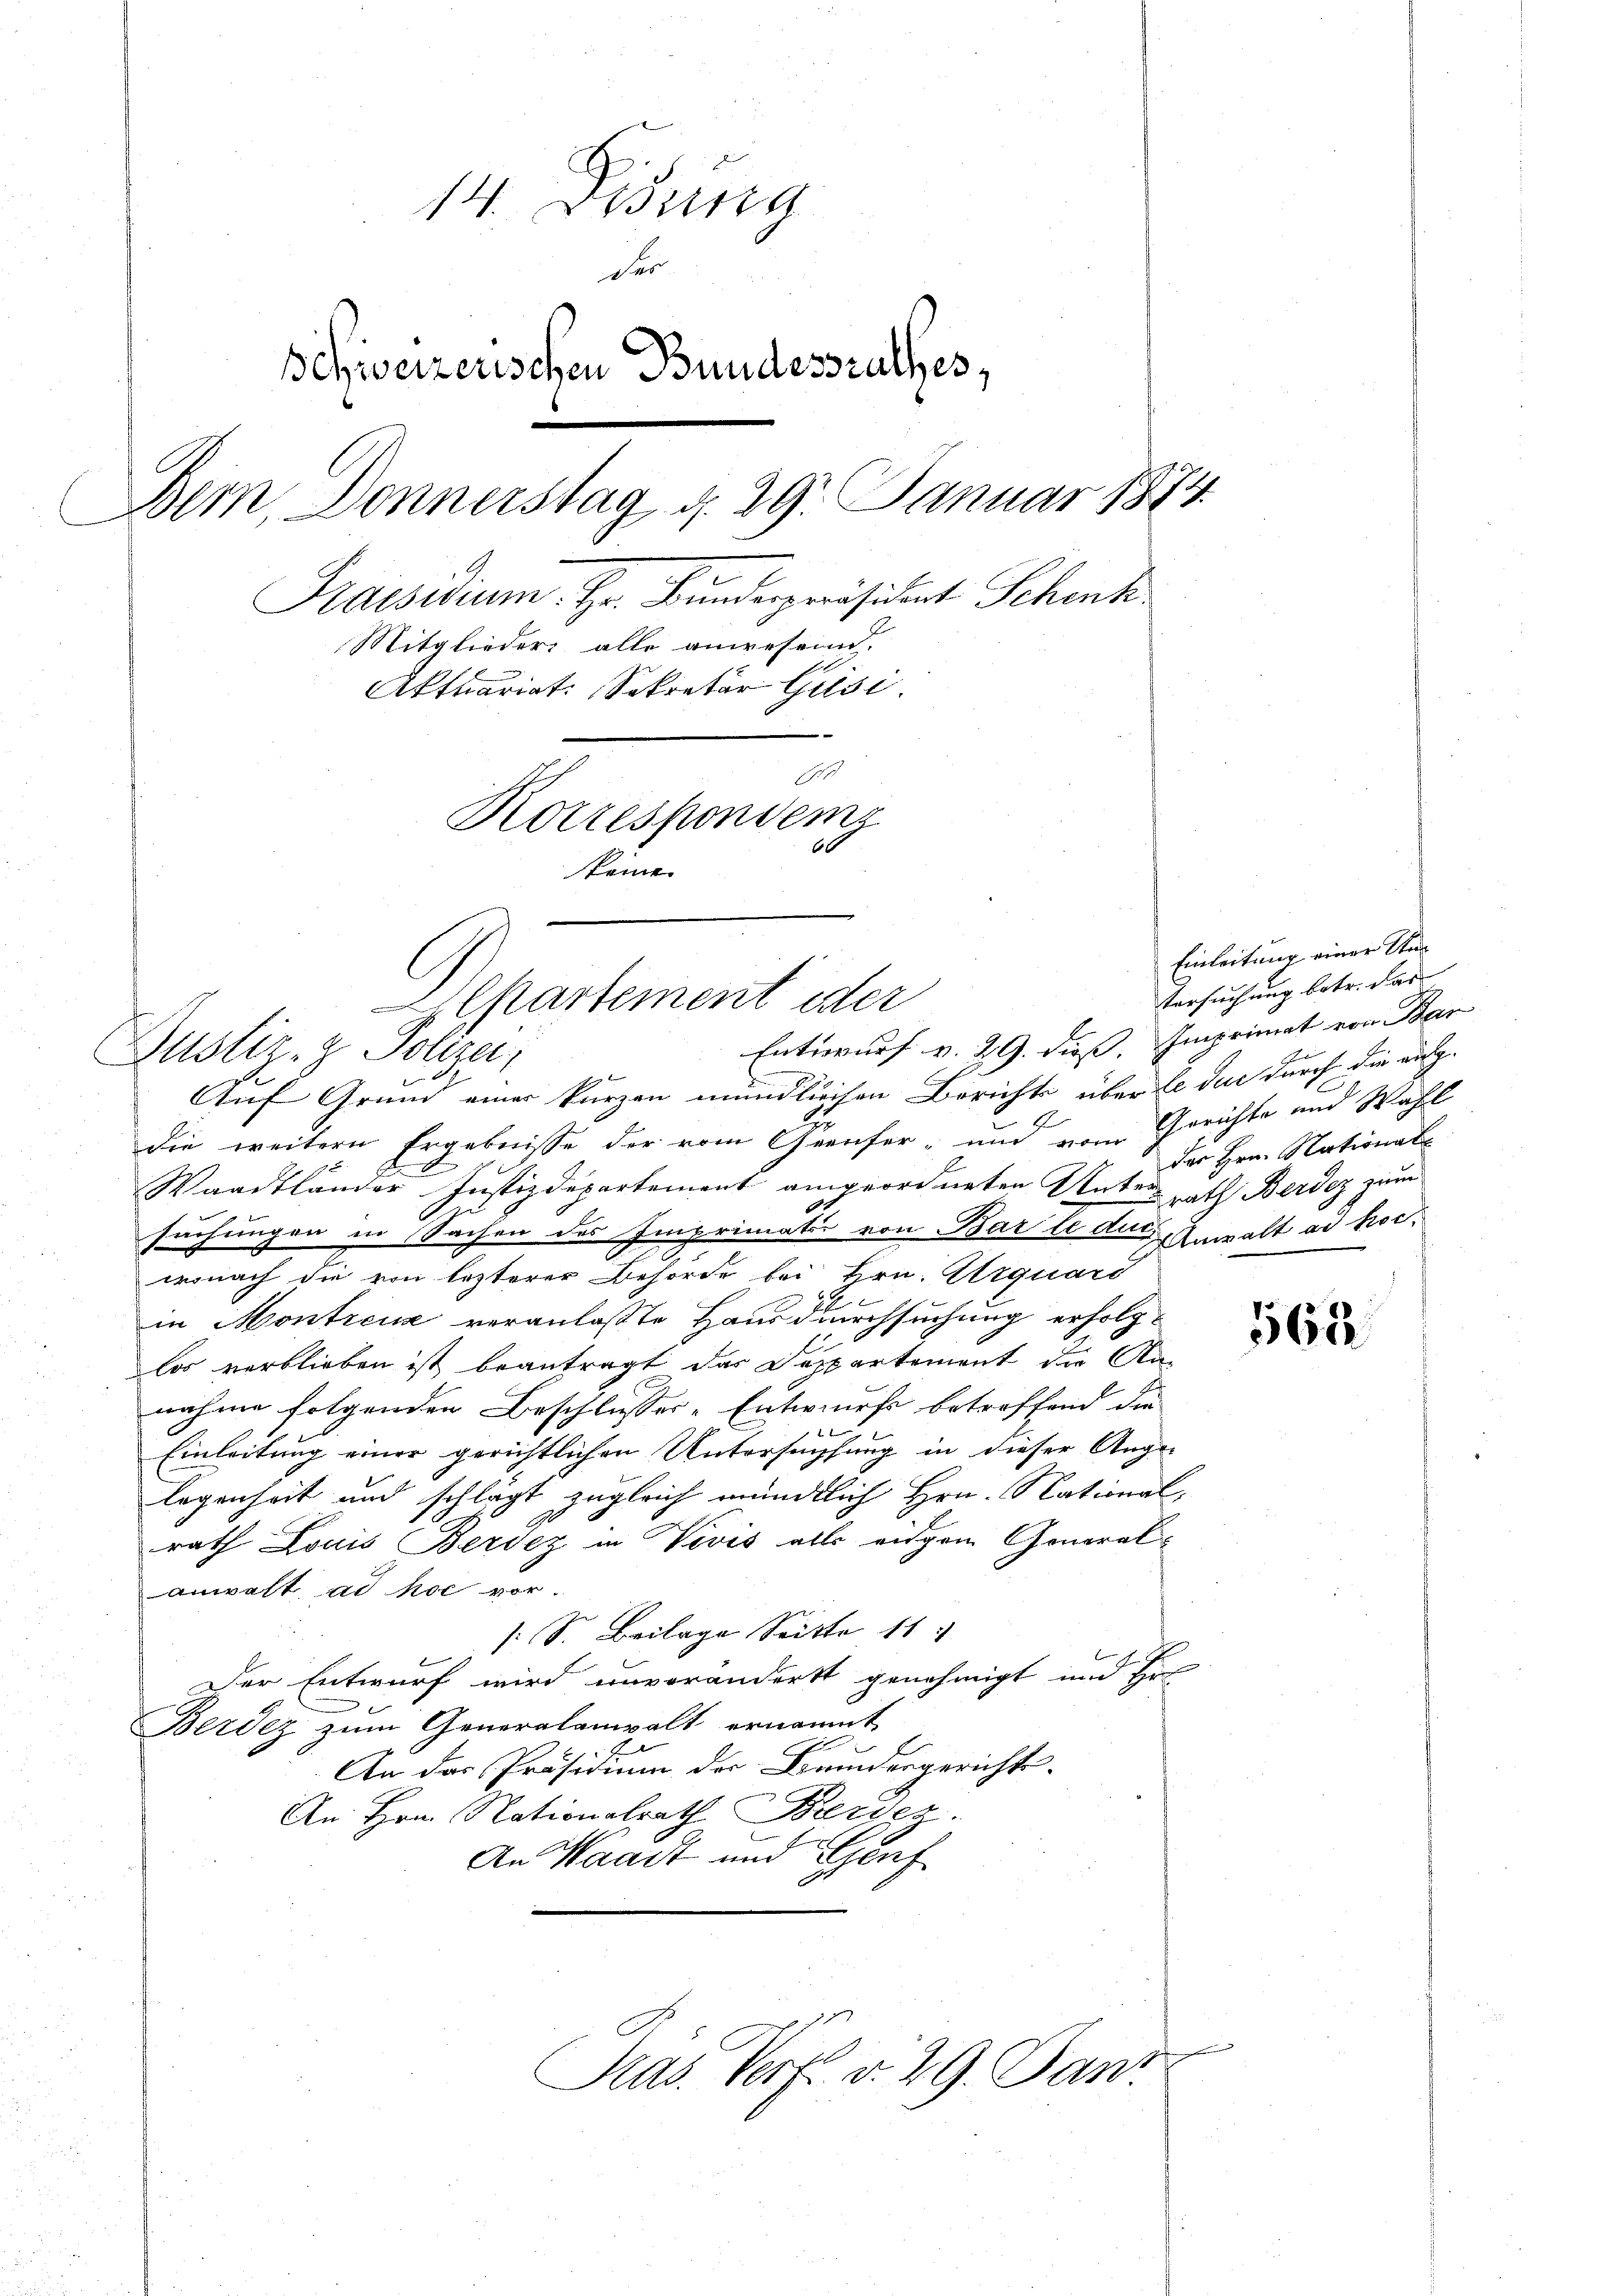
14. Didung
der
Schweizerischen Bundesrathes,
Bern, Donnerstag d. 29. Januar 1874
Praesidium. Hr. Bundespräsident Schenk
Mitglieder alle anwesen.
Aktuariat. Sekretär Gusi.
Sch
Korrespondemz
60
keine

Alpartement oder

Justiz- & Polizei,
Auf Grund einer kurzen mündlichen Berichts über le der durch die au-
E
die weitern Ergebnisse der vom Geeufer- und vom Gerichte und Wahl
Waadtländer Justizdepartement angeordneten Unterrath Berdez zum
suchungen in Sachen des Imprimatis von Bar le der Anwalt an keiwonach die von lezterer Behörde bei Hrn. Urquard
in Montreux veranlasste Hausdurchsuchung erholzlos verblieben ist beantragt das Departement die Nanahme folgenden Beschlusses-Entwurfs betroffend die
1
Einleitung einer gerichtlichen Untersuchung in dieser Ange-
legenheit und schlägt zugleich mündtlich Hrn. National-
rath Louis Berdez in Vevis alls eidgem General-
anwalt, ad hoc vor.
/: S. Beilage Sitte 11
Der Entwurf wird unverändert genehmigt und Er
Berdez zum Generalampalt ernannt
An das Präsidium der Bundesgerichts-
An Hrn. Nationalrath Beerder
An Waadt und Bluh

Pras. Verf. v. 29. Jan.

Entwurf v. 29. dieß, Imprimat von Ban

Einleitung einer Sta¬
Versuchung betr. das
der Hrn. National¬

562